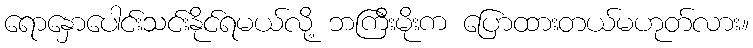
ရောနှောပေါင်းသင်းနိုင်ရမယ်လို့ ဘကြီးမိုးက ပြောထားတယ်မဟုတ်လား။